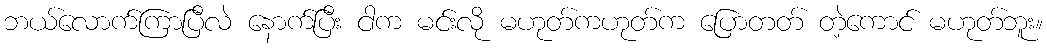
ဘယ်လောက်ကြာပြီလဲ နောက်ပြီး ငါက မင်းလို မဟုတ်ကဟုတ်က ပြောတတ် တဲ့ကောင် မဟုတ်ဘူး။